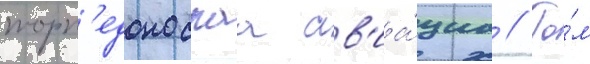
торп'едоноснаа ав'иа́циа // То́м